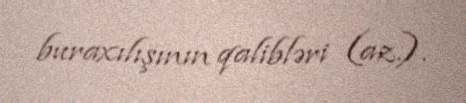
buraxılışının qalibləri (az.).